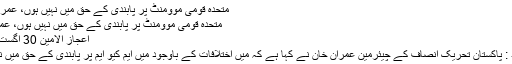
متحدہ قومی موومنٹ پر پابندی کے حق میں نہیں ہوں، عمران خان -
متحدہ قومی موومنٹ پر پابندی کے حق میں نہیں ہوں، عمران خان
اعجاز الامین 30 اگست 2016
اسلام آباد : پاکستان تحریک انصاف کے چیئرمین عمران خان نے کہا ہے کہ میں اختلافات کے باوجود میں ایم کیو ایم پر پابندی کے حق میں نہیں ہوں۔